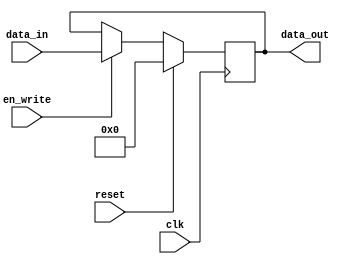
module Register(
input clk, reset, en_write,
input[BIT_WIDTH - 1: 0] data_in,
output reg signed [BIT_WIDTH - 1: 0] data_out
);

parameter BIT_WIDTH = 32;
parameter RESET_VALUE = 0;

always @(posedge clk) begin
    if (reset == 1'b1)
        data_out <= RESET_VALUE;
    else if (en_write == 1'b1)
        data_out <= data_in;
end

endmodule